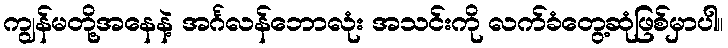
ကျွန်မတို့အနေနဲ့ အင်္ဂလန်ဘောလုံး အသင်းကို လက်ခံတွေ့ဆုံဖြစ်မှာပါ။